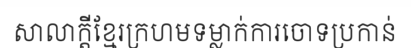
សាលាក្តីខ្មែរក្រហមទម្លាក់ការចោទប្រកាន់